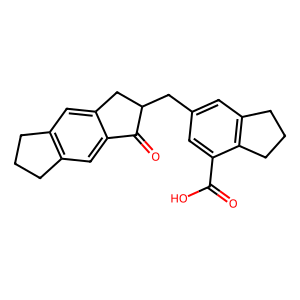
SMILES: O=C(O)c1cc(CC2Cc3cc4c(cc3C2=O)CCC4)cc2c1CCC2
Inhibits HIV replication: No